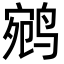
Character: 鹓